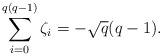
LaTeX: \begin{align*}\sum_{i=0}^{q(q-1)} \zeta_i= -\sqrt{q}(q-1).\end{align*}